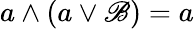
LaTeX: a\wedge(a\vee\mathscr{B})=a